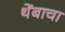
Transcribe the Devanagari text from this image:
थेंबाचा